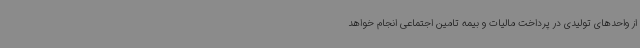
از واحدهای تولیدی در پرداخت مالیات و بیمه تامین اجتماعی انجام خواهد